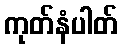
ကုတ်နံပါတ်